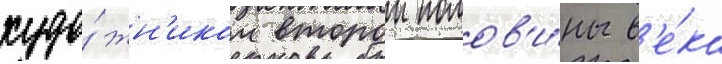
худо́жн'иком второи полов'и́ны в'е́ка